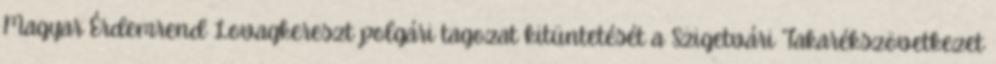
Magyar Érdemrend Lovagkereszt polgári tagozat kitüntetését a Szigetvári Takarékszövetkezet